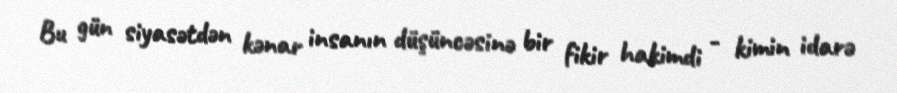
Bu gün siyasətdən kənar insanın düşüncəsinə bir fikir hakimdi - kimin idarə